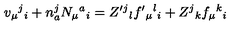
v _ { \mu } { } ^ { j } { } _ { i } + n _ { a } ^ { j } N _ { \mu } { } ^ { a } { } _ { i } = Z ^ { \prime } { } ^ { j } { } _ { l } f ^ { \prime } { } _ { \mu } { } ^ { l } { } _ { i } + Z ^ { j } { } _ { k } f _ { \mu } { } ^ { k } { } _ { i }